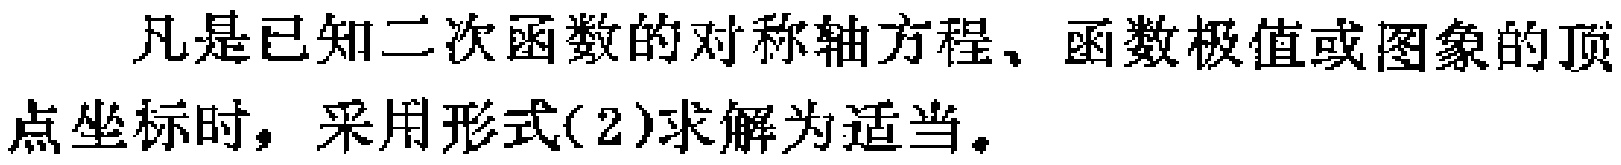
凡是已知二次函数的对称轴方程、函数极值或图象的顶点坐标时，采用形式(2)求解为适当。